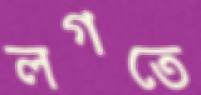
লগতে